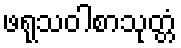
ဖရုသဝါစာသုတ္တံ